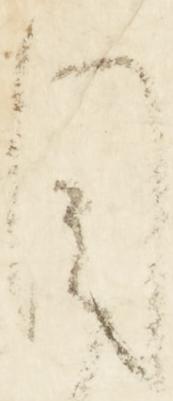
目